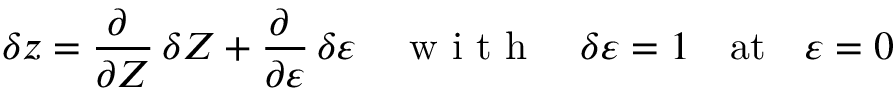
\delta \boldsymbol z = \frac { \partial \mathbf \Psi } { \partial \boldsymbol Z } \, \delta \boldsymbol Z + \frac { \partial \mathbf \Psi } { \partial \varepsilon } \, \delta \varepsilon \quad \mathrm { ~ w ~ i ~ t ~ h ~ } \quad \delta \varepsilon = 1 \quad \mathrm { a t } \quad \varepsilon = 0